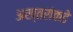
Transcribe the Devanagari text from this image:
अख्तरांकडे